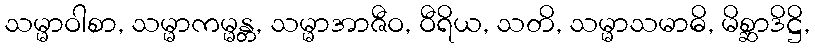
သမ္မာဝါစာ, သမ္မာကမ္မန္တ, သမ္မာအာဇီဝ, ဝီရိယ, သတိ, သမ္မာသမာဓိ, မိစ္ဆာဒိဋ္ဌိ,